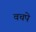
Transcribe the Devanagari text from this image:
वचपे